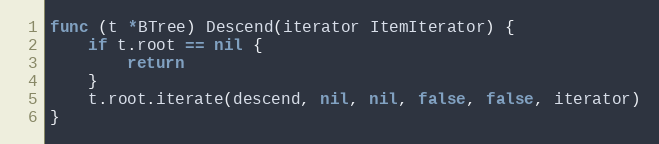
Language: Go
func (t *BTree) Descend(iterator ItemIterator) {
	if t.root == nil {
		return
	}
	t.root.iterate(descend, nil, nil, false, false, iterator)
}